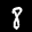
Digit: 8